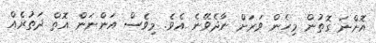
އޮންނަ ގޮތުން މިހެން ވަރަށް ނާދެވޭނެ އެވެ. މިވެސް އަންނަން އޮތް ދަތުރެއް